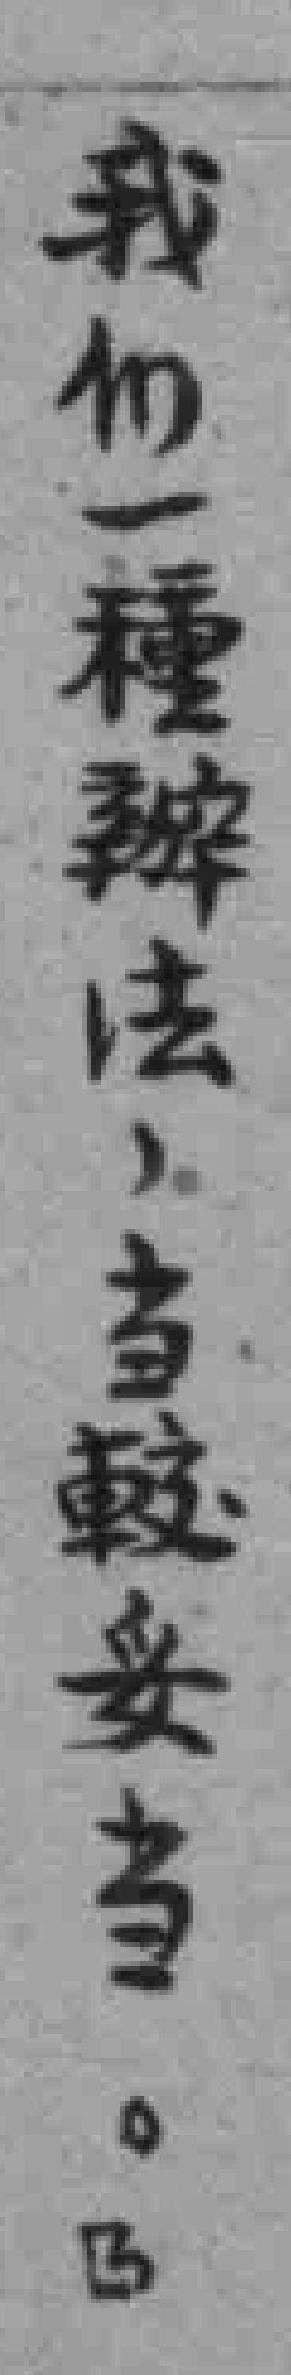
我们一種辦法，当較妥当。